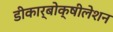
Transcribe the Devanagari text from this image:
डीकार्बोक्षीलेशन